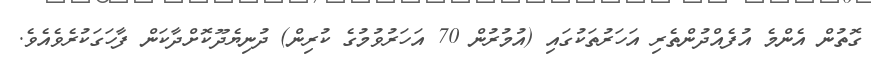
ގޮތުން އެންމެ އުފެއްދުންތެރި އަހަރުތަކުގައި (އުމުރުން 70 އަހަރުވުމުގެ ކުރިން) ދުނިޔެދޫކޮށްދާކަން ފާހަގަކުރެވެއެވެ.